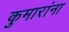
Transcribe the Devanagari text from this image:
कुमारांना